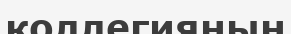
коллегияның